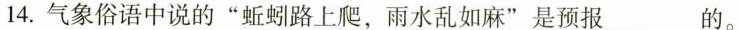
14.气象俗语中说的”蚯蚓路上爬，雨水乱如麻”是预报_________的。